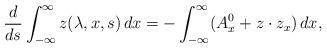
LaTeX: \begin{align*}\frac{d}{d s}\int_{-\infty}^{\infty}z(\lambda, x,s)\,dx=-\int_{-\infty}^{\infty} (A^0_x+z\cdot z_x)\,dx,\end{align*}